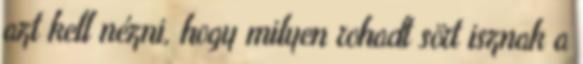
azt kell nézni, hogy milyen rohadt sört isznak a